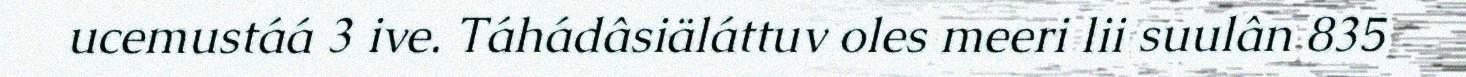
ucemustáá 3 ive. Táhádâsiäláttuv oles meeri lii suulân 835